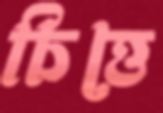
চিত্তে